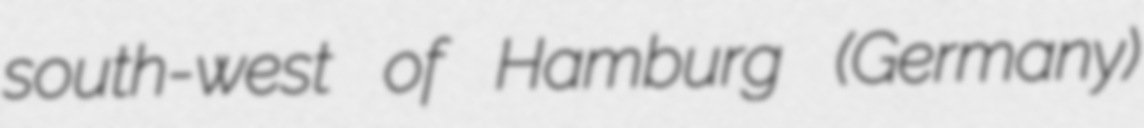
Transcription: south-west of Hamburg (Germany)